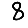
Digit: 8